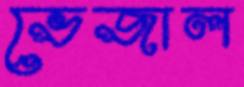
ভেজাল